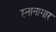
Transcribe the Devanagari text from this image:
स्‍नानागार